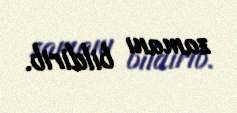
zamanı bildirib.